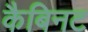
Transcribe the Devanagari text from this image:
कैबिनट